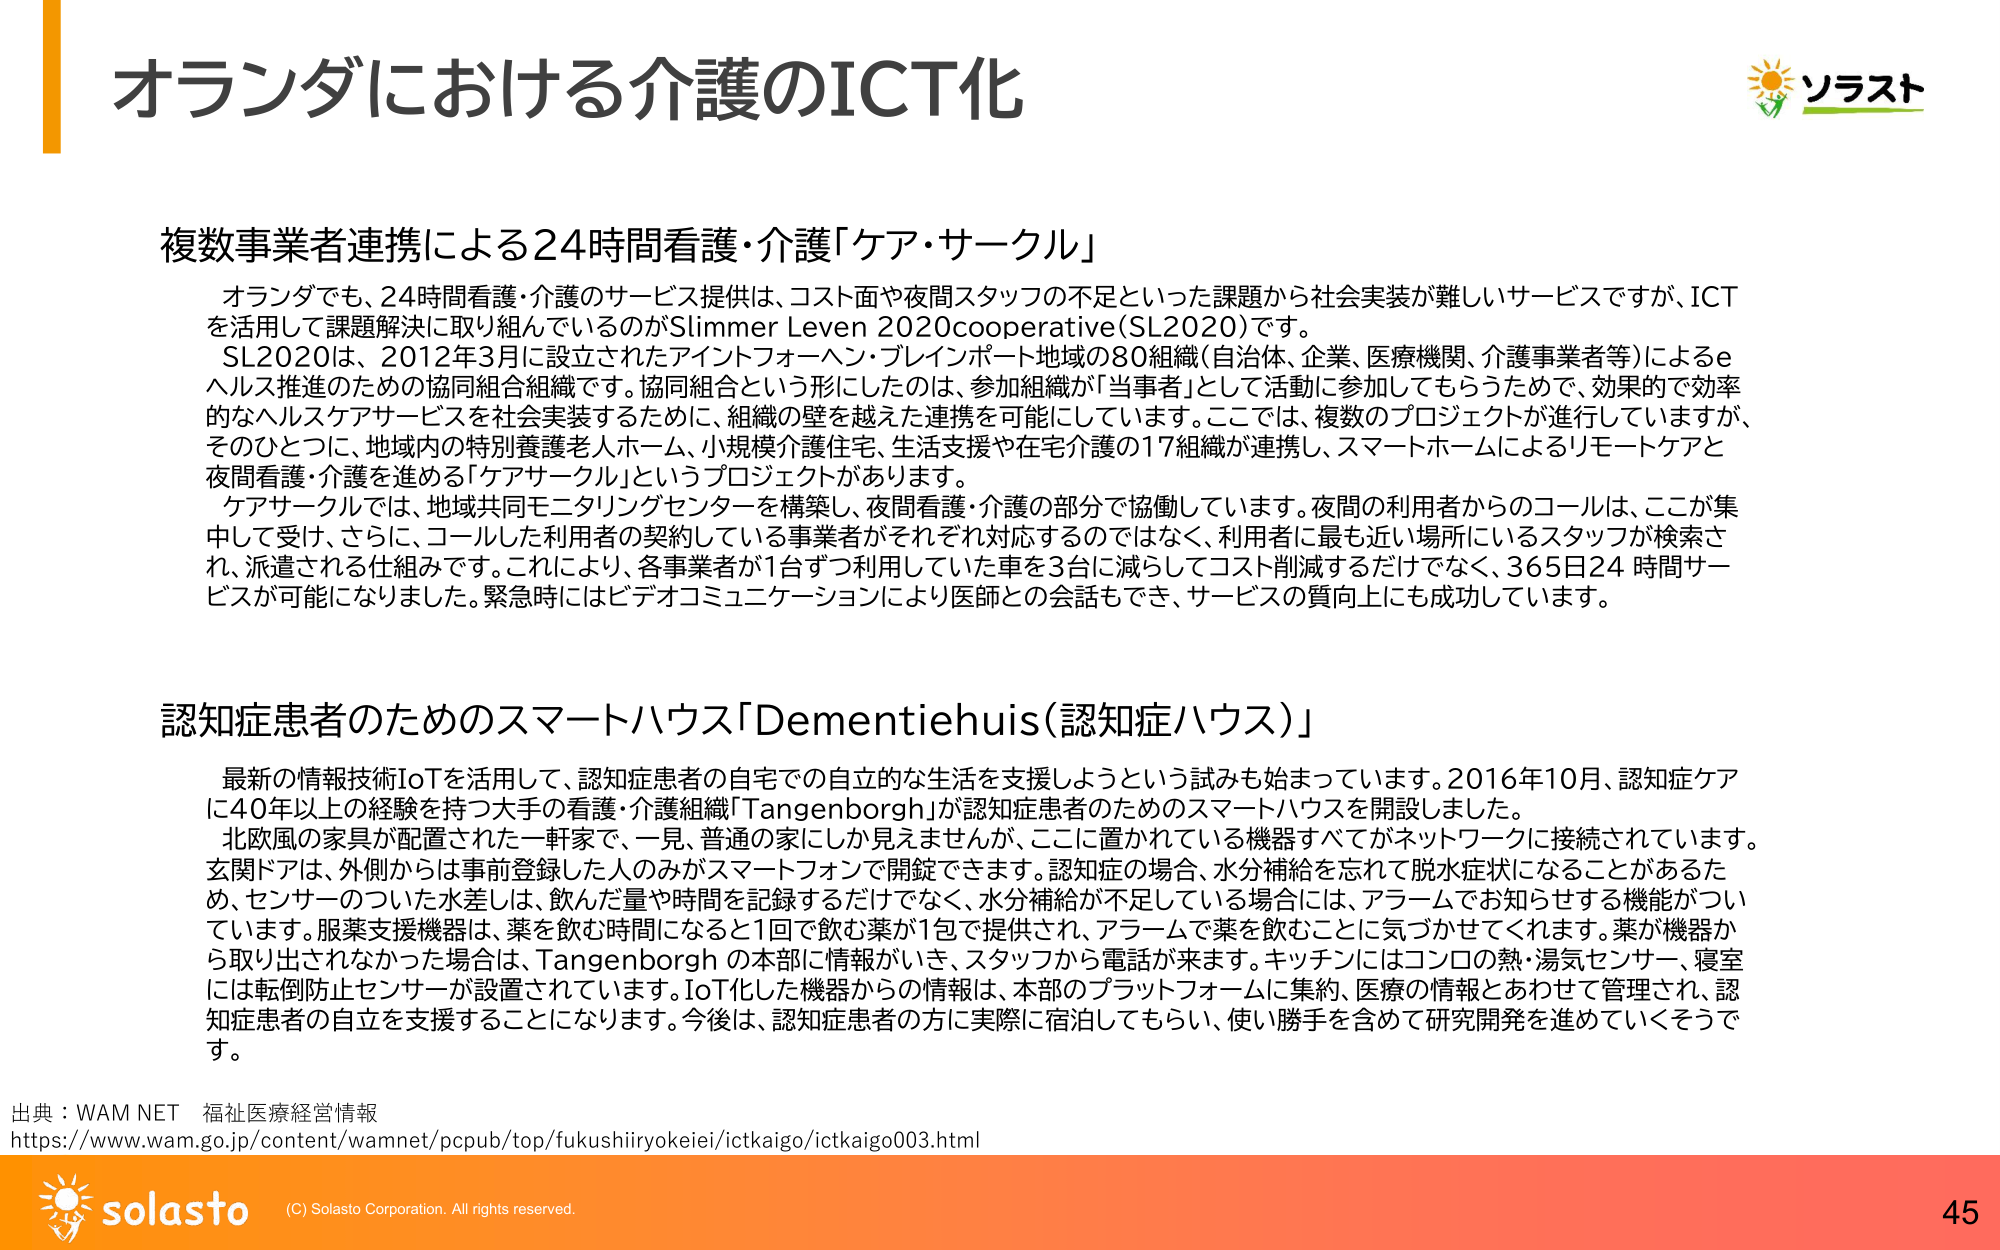
オランダにおける介護のICT化

複数事業者連携による24時間看護・介護「ケア・サークル」

オランダでも、24時間看護・介護のサービス提供は、コスト面や夜間スタッフの不足といった課題から社会実装が難しいサービスですが、ICTを活用して課題解決に取り組んでいるのがSlimmer Leven 2020cooperative(SL2020)です。
SL2020は、2012年3月に設立されたアイントフォーヘン・ブレインポート地域の80組織(自治体、企業、医療機関、介護事業者等)によるeヘルス推進のための協同組合組織です。協同組合という形にしたのは、参加組織が「当事者」として活動に参加してもらうためで、効果的で効率的なヘルスケアサービスを社会実装するために、組織の壁を越えた連携を可能にしています。ここでは、複数のプロジェクトが進行していますが、そのひとつに、地域内の特別養護老人ホーム、小規模介護住宅、生活支援や在宅介護の17組織が連携し、スマートホームによるリモートケアと夜間看護・介護を進める「ケアサークル」というプロジェクトがあります。
ケアサークルでは、地域共同モニタリングセンターを構築し、夜間看護・介護の部分で協働しています。夜間の利用者からのコールは、ここが集中して受け、さらに、コールした利用者の契約している事業者がそれぞれ対応するのではなく、利用者に最も近い場所にいるスタッフが検索され、派遣される仕組みです。これにより、各事業者が1台ずつ利用していた車を3台に減らしてコスト削減するだけでなく、365日24時間サービスが可能になりました。緊急時にはビデオコミュニケーションにより医師との会話もでき、サービスの質向上にも成功しています。

認知症患者のためのスマートハウス「Dementiehuis(認知症ハウス)」

最新の情報技術IoTを活用して、認知症患者の自宅での自立的な生活を支援しようという試みも始まっています。2016年10月、認知症ケアに40年以上の経験を持つ大手の看護・介護組織「Tangenborgh」が認知症患者のためのスマートハウスを開設しました。
北欧風の家具が配置された一軒家で、一見、普通の家にしか見えませんが、ここに置かれている機器すべてがネットワークに接続されています。玄関ドアは、外側からは事前登録した人のみがスマートフォンで開錠できます。認知症の場合、水分補給を忘れ脱水症状になることがあるため、センサーのついた水差しは、飲んだ量や時間を記録するだけでなく、水分補給が不足している場合には、アラームでお知らせする機能がついています。服薬支援機器は、薬を飲む時間になると1回で飲む薬が1包で提供され、アラームで薬を飲むことに気づかせてくれます。薬が機器から取り出されなかった場合は、Tangenborghの本部に情報がいき、スタッフから電話が来ます。キッチンにはコンロの熱・湯気センサー、寝室には転倒防止センサーが設置されています。IoT化した機器からの情報は、本部のプラットフォームに集約、医療の情報とあわせて管理され、認知症患者の自立を支援することになります。今後は、認知症患者の方に実際に宿泊してもらい、使い勝手を含めて研究開発を進めていくそうです。

出典：WAM NET 福祉医療経営情報
https://www.wam.go.jp/content/wamnet/pcpub/top/fukushiiryokeiei/ictkaigo/ictkaigo003.html

ソラスト

solasto (C) Solasto Corporation. All rights reserved.
45